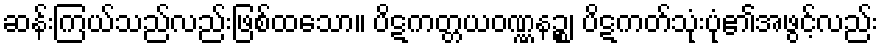
ဆန်းကြယ်သည်လည်းဖြစ်ထသော။ ပိဋကတ္တယဝဏ္ဏနဉ္စ၊ ပိဋကတ်သုံးပုံ၏အဖွင့်လည်း